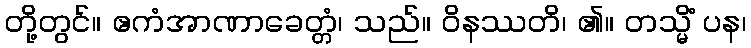
တို့တွင်။ ဧကံအာဏာခေတ္တံ၊ သည်။ ဝိနဿတိ၊ ၏။ တသ္မိံ ပန၊